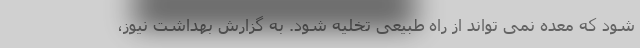
شود که معده نمی تواند از راه طبیعی تخلیه شود. به گزارش بهداشت نیوز،